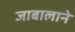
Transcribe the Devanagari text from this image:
जाबालाने